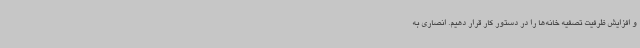
و افزایش ظرفیت تصفیه خانه‌ها را در دستور کار قرار دهیم. انصاری به